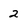
Character: 2